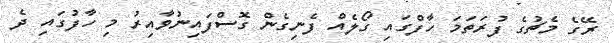
ރޭގެ މެޗުގެ ފުރަތަމަ ހާފްގައި ގޯލެއް ފެނިގެން ގޮސްފައިނުވާއިރު މި ހާފުގައި ދެ